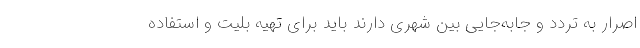
اصرار به تردد و جابه‌جایی بین شهری دارند باید برای تهیه بلیت و استفاده